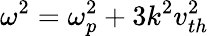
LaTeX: \omega^{2}=\omega_{p}^{2}+3k^{2}v_{th}^{2}